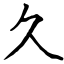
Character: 久